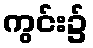
ကွင်း၌